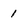
Character: 1